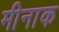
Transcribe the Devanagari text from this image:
मीनाक